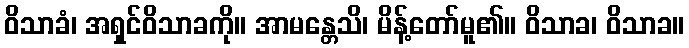
ဝိသာခံ၊ အရှင်ဝိသာခကို။ အာမန္တေသိ၊ မိန့်တော်မူ၏။ ဝိသာခ၊ ဝိသာခ။